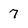
Character: 7